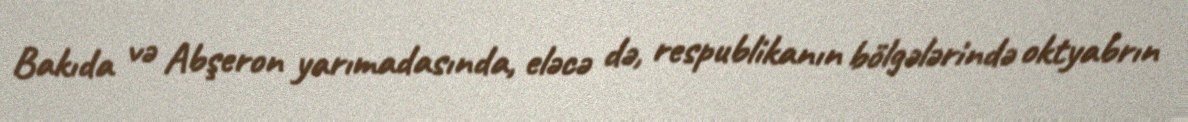
Bakıda və Abşeron yarımadasında, eləcə də, respublikanın bölgələrində oktyabrın